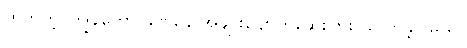
ဟုတ်ကဲ့၊ ကျွန်တော် ခဏနေ အဖျားပျောက်ဆေးပြား ယူလာခဲ့ပါမယ်။